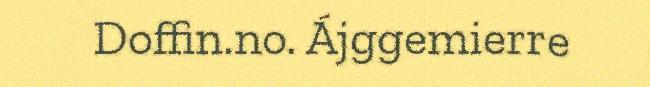
Doffin.no. Ájggemierre